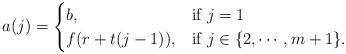
LaTeX: \begin{align*}a(j)= \begin{cases} b, & \mbox{if } j=1 \\ f(r+ t(j-1)), & \mbox{if } j \in \{2, \cdots, m+1\}. \end{cases} \end{align*}